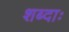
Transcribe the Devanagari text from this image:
शब्दाः